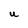
Character: U